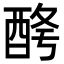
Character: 𨠱